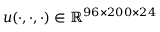
u ( \cdot , \cdot , \cdot ) \in \mathbb { R } ^ { 9 6 \times 2 0 0 \times 2 4 }